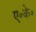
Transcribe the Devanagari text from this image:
ए॰के॰